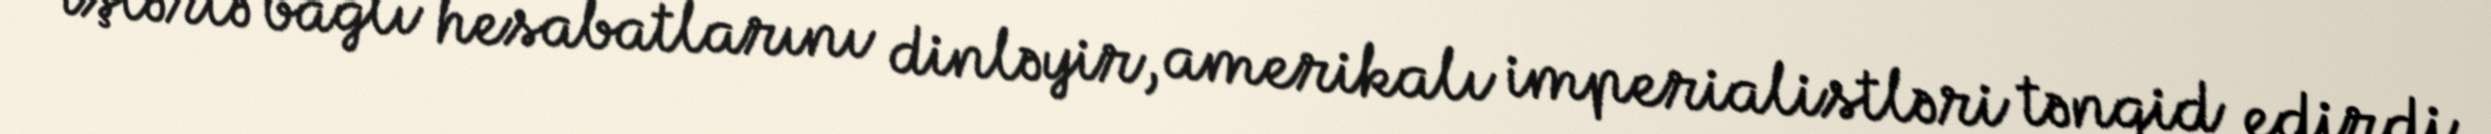
işlərlə bağlı hesabatlarını dinləyir, amerikalı imperialistləri tənqid edirdi.